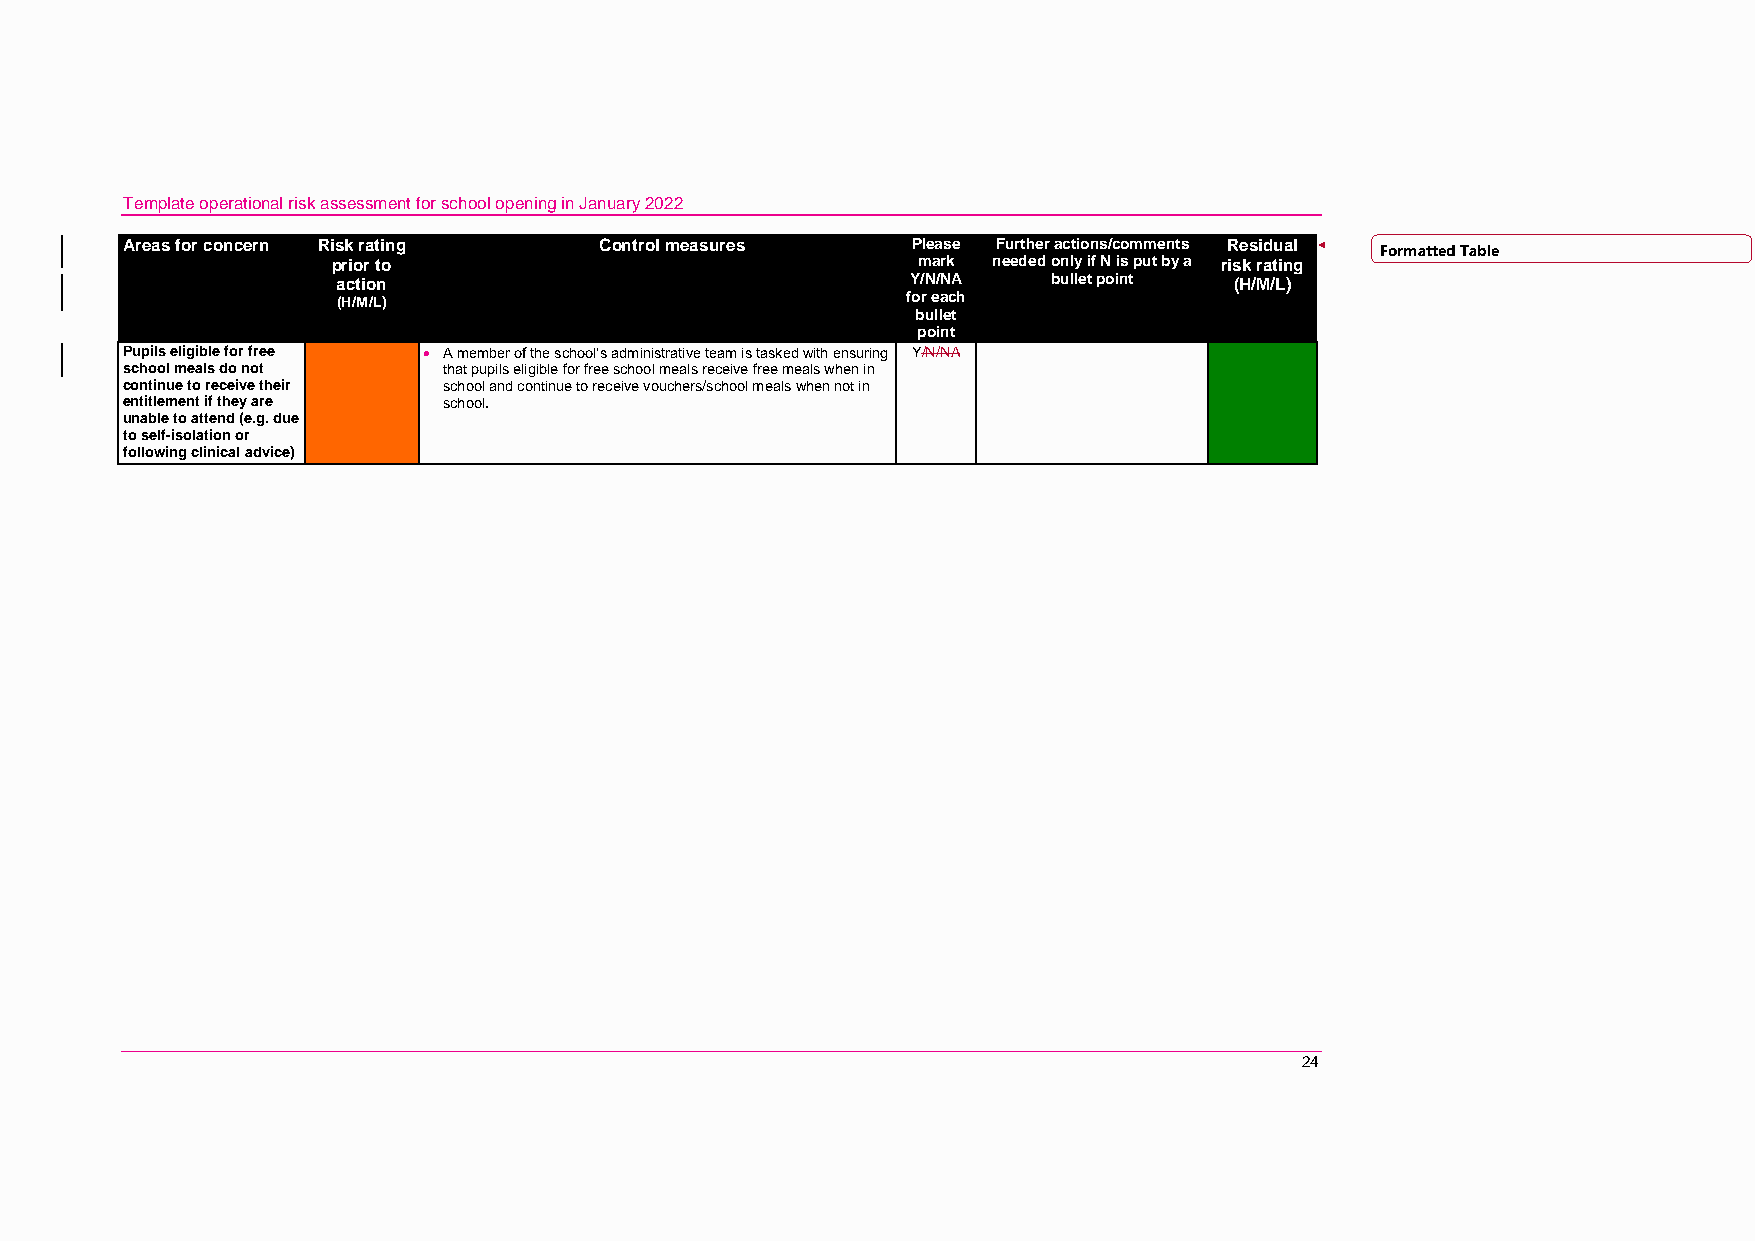
Template operational risk assessment for school opening in January 2022
 Areas for concern Risk rating   Control measures    Please Further actions/comments Residual Formatted Table
 prior to                               mark needed only if N is put by a risk rating
 action                                Y/N/NA    bullet point (H/M/L)
 (H/M/L)                               for each
 bullet
 point
 Pupils eligible for free  A member of the school’s administrative team is tasked with ensuring Y/N/NA
 school meals do not  that pupils eligible for free school meals receive free meals when in
 continue to receive their school and continue to receive vouchers/school meals when not in
 entitlement if they are school.
 unable to attend (e.g. due
 to self-isolation or
 following clinical advice)
 24